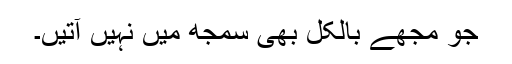
جو مجھے بالکل بھی سمجھ میں نہیں آتیں۔